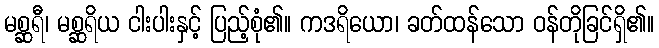
မစ္ဆရီ၊ မစ္ဆရိယ ငါးပါးနှင့် ပြည့်စုံ၏။ ကဒရိယော၊ ခတ်ထန်သော ဝန်တိုခြင်ရှိ၏။